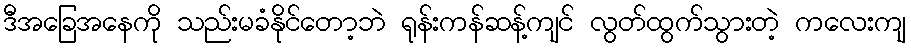
ဒီအခြေအနေကို သည်းမခံနိုင်တော့ဘဲ ရုန်းကန်ဆန့်ကျင် လွတ်ထွက်သွားတဲ့ ကလေးကျ